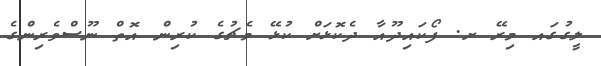
ލީގުގައ މިރޭ ށ. ފޯކައިދޫއާ ދެކޮޅަށް ކުޅޭ މެޗުގެ ކުރިން އޮތް ނޫސްވެރިންގެ